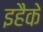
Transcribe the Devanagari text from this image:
इहैके